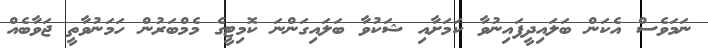
ނަމަވެސް އެކަން ބަލައިދީފައިނުވާ ކަަމަށާއި ޝަކުވާ ބަލައިގަންނަ ކޮމިޓީގެ މެމްބަރުން ހަމަނުވާތީ ޖަވާބެއް